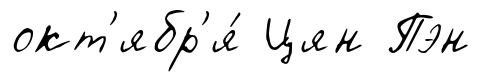
окт'ябр'я́ Цян Пэн